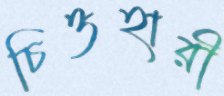
চিত্তহারী